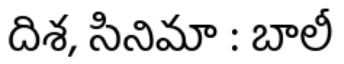
దిశ, సినిమా : బాలీ